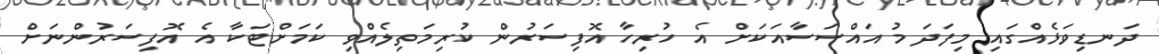
ދަނޑިވަޅެއްގައި މިފަދަ މުއައްސަސާއަކަށް އެ ހުރިހާ އޮފިސަރުން ކުރިމަތިލެއްވި ކަމަށްޓަކާ އެ އޮފިސަރުންނަށް